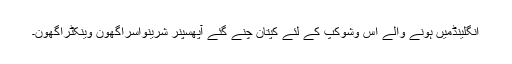
انگلینڈمیں ہونے والے اس وشوکپ کے لئے کپتان چنے گئے آپھسپنر شرینواسراگھون وینکٹراگھون۔